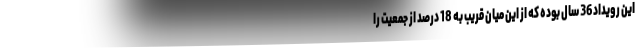
این رویداد 36 سال بوده که از این میان قریب به 18 درصد از جمعیت را